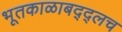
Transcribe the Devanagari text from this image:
भूतकाळाबद्द्लच